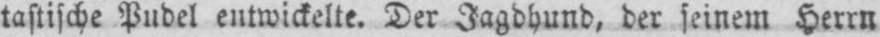
tastische Pudel entwickelte. Der Jagdhund, der seinem Herrn